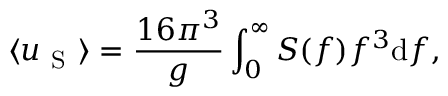
\langle u _ { \mathrm { ~ S ~ } } \rangle = \frac { 1 6 \pi ^ { 3 } } { g } \int _ { 0 } ^ { \infty } S ( f ) f ^ { 3 } \mathrm { d } f ,